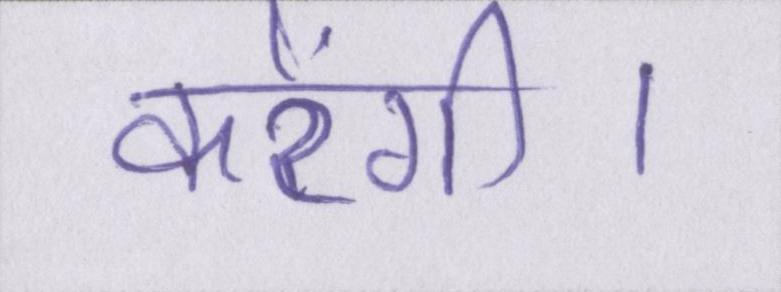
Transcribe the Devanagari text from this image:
करेंगी।